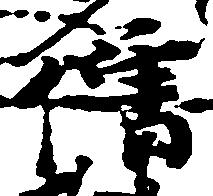
僧